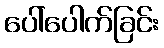
ပေါ်ပေါက်ခြင်း